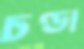
চণ্ডা